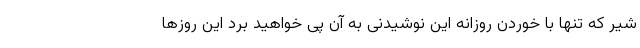
شیر که تنها با خوردن روزانه این نوشیدنی به آن پی خواهید برد این روزها